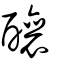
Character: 釀